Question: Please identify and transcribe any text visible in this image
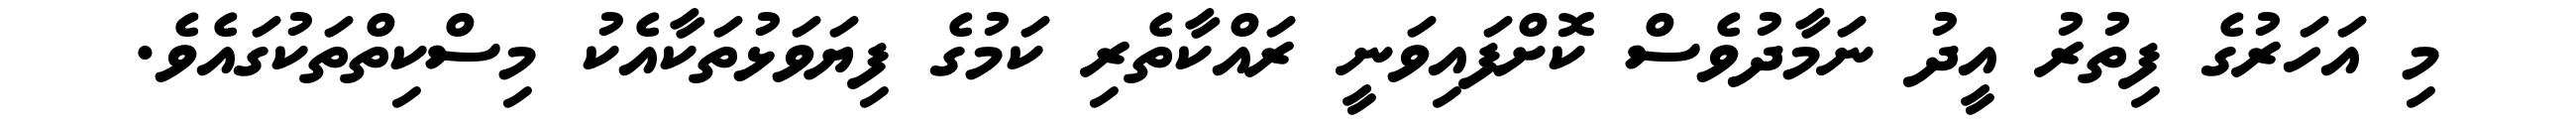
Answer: މި އަހަރުގެ ފިތުރު އީދު ނަމާދުވެސް ކޮށްފައިވަނީ ރައްކާތެރި ކަމުގެ ފިޔަވަޅުތަކާއެކު މިސްކިތްތަކުގައެވެ.